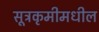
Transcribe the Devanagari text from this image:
सूत्रकृमीमधील